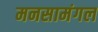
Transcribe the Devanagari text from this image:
मनसामंगल